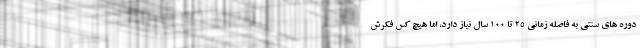
دوره های سنتی به فاصله زمانی ۲۵ تا ۱۰۰ سال نیاز دارد، اما هیچ کس فکرش